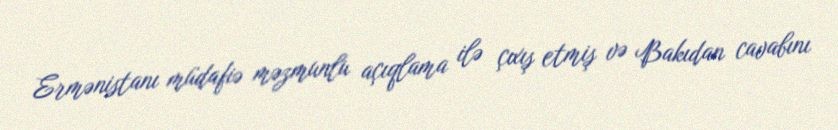
Ermənistanı müdafiə məzmunlu açıqlama ilə çıxış etmiş və Bakıdan cavabını